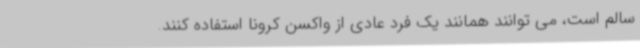
سالم است، می توانند همانند یک فرد عادی از واکسن کرونا استفاده کنند.